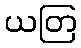
ယတြ